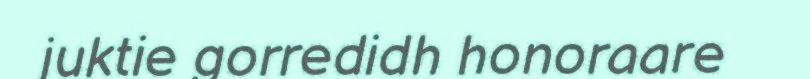
juktie gorredidh honoraare